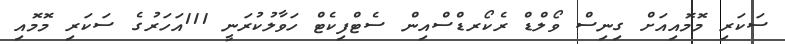
ސަކަރި މޮމޮއިއަށް ގިނިސް ވޯލްޑް ރެކޯރޑްސްއިން ސެޓްފިކެޓް ހަވާލުކުރަނީ 111އަހަރުގެ ސަކަރި މޮމޮއި